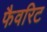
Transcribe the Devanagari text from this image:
फैवरिट